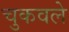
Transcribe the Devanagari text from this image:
चुकवले